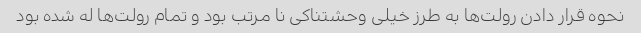
نحوه قرار دادن رولت‌ها به طرز خیلی وحشتناکی نا مرتب بود و تمام رولت‌ها له شده بود